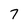
Character: 7